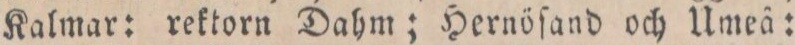
Kalmar: rektorn Dahm; Hernöſand och Umeå: